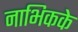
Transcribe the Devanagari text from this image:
नाभिकके